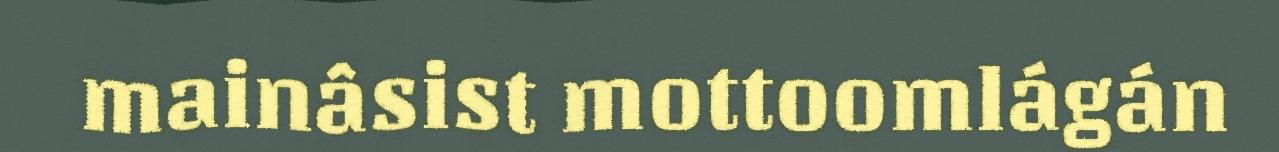
mainâsist mottoomlágán